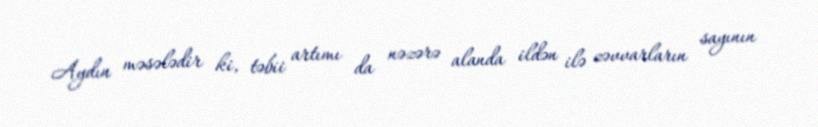
Aydın məsələdir ki, təbii artımı da nəzərə alanda ildən ilə zəvvarların sayının